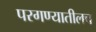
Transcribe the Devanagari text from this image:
परगण्यातीलच